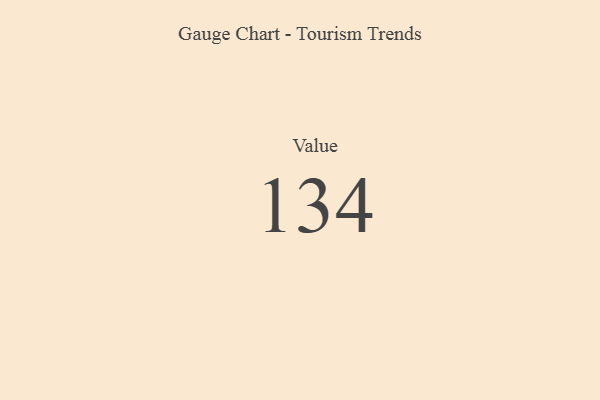
{"axis": {"x": "Metric", "y": "Value"}, "legend": [""], "data": [{"x": "Value", "y": 134, "type": ""}]}